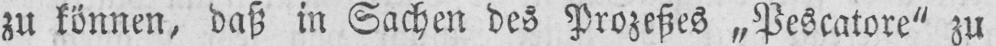
zu können, daß in Sachen des Prozesses „Pescatore“ zu